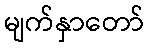
မျက်နှာတော်